Vaccination returns of the Province of Eastern Bengal and Assam - 1905-1912
Year: 1905
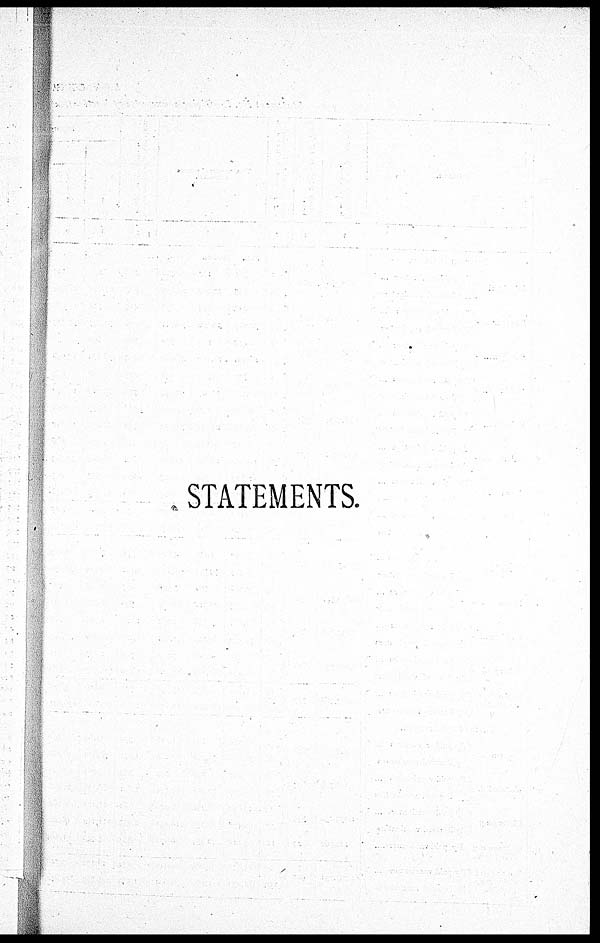
STATEMENTS.